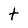
Character: t